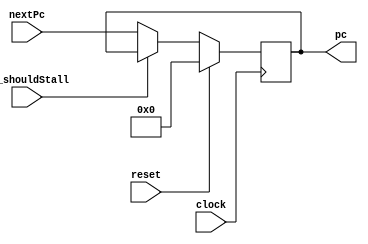
// This program was cloned from: https://github.com/zhanghai/archexp
// License: GNU General Public License v3.0

`timescale 1ns / 1ps

module Pc (

		input clock,
		input reset,

		input id_shouldStall,

		input [31:0] nextPc,
		output reg [31:0] pc = 0
	);

	always @(posedge clock) begin
		if (reset) begin
			pc <= 0;
		end else if (id_shouldStall) begin
			pc <= pc;
		end else begin
			pc <= nextPc;
		end
	end
endmodule